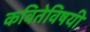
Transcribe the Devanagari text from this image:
कवितेविषयी